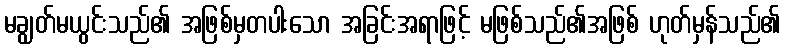
မချွတ်မယွင်းသည်၏ အဖြစ်မှတပါးသော အခြင်းအရာဖြင့် မဖြစ်သည်၏အဖြစ် ဟုတ်မှန်သည်၏